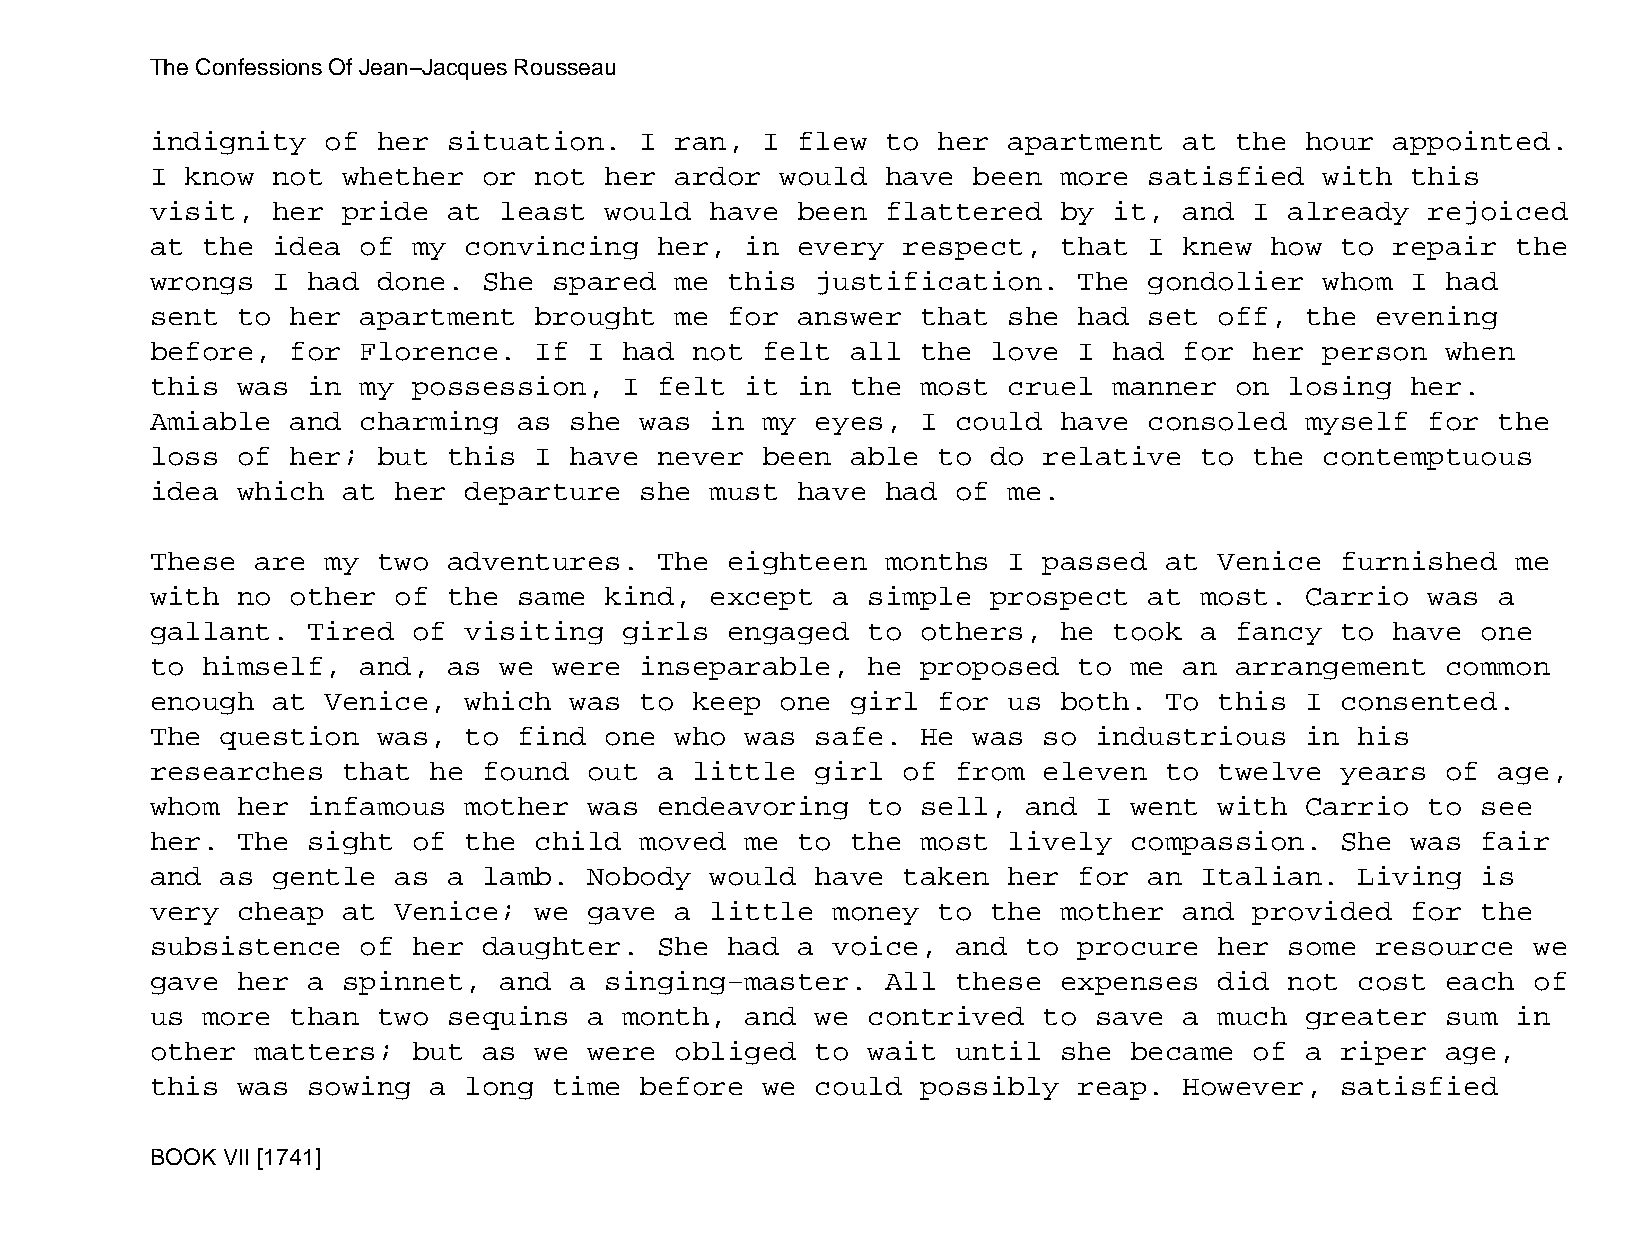
The Confessions Of Jean−Jacques Rousseau
 indignity   of her  situation.  I  ran, I  flew  to her  apartment  at  the hour  appointed.
 I know  not  whether  or not  her  ardor  would  have been  more  satisfied   with this
 visit,  her  pride  at least  would  have  been  flattered  by  it, and  I already   rejoiced
 at the  idea  of my  convincing   her, in  every  respect,  that  I knew  how  to repair  the
 wrongs  I had  done.  She  spared  me this  justification.   The  gondolier   whom I  had
 sent  to her  apartment  brought   me for  answer  that  she had  set  off, the  evening
 before,  for  Florence.  If  I had  not felt  all  the  love I  had for  her  person  when
 this  was in  my possession,   I  felt it  in the  most  cruel  manner  on losing  her.
 Amiable  and  charming  as  she was  in my  eyes,  I could  have  consoled  myself   for the
 loss  of her;  but  this I  have  never been  able  to  do relative  to  the  contemptuous
 idea  which  at her  departure  she  must  have  had of  me.
 These  are  my two  adventures.   The eighteen   months  I passed  at  Venice  furnished  me
 with  no other  of  the same  kind,  except  a simple   prospect  at most.  Carrio   was a
 gallant.  Tired  of  visiting  girls  engaged  to  others,  he  took a  fancy  to have  one
 to himself,   and,  as we  were inseparable,   he  proposed  to  me an  arrangement   common
 enough  at  Venice,  which  was to  keep  one girl  for  us both.  To  this I  consented.
 The  question  was,  to find  one  who was  safe.  He was  so industrious   in  his
 researches   that he  found  out  a little  girl  of from  eleven  to  twelve  years  of age,
 whom  her infamous   mother  was  endeavoring  to  sell,  and I  went  with Carrio   to see
 her.  The sight  of  the child  moved  me  to the  most  lively  compassion.   She was  fair
 and  as gentle  as  a lamb.  Nobody  would  have  taken  her for  an Italian.   Living  is
 very  cheap  at Venice;  we  gave  a little  money  to  the mother  and  provided  for  the
 subsistence   of her  daughter.   She had  a voice,  and  to procure   her some  resource  we
 gave  her a  spinnet,  and  a singing−master.    All these  expenses   did not  cost  each of
 us more  than  two  sequins  a month,  and  we contrived   to save  a  much greater   sum in
 other  matters;  but  as we  were  obliged  to wait  until  she  became  of a  riper  age,
 this  was sowing  a  long  time before  we  could  possibly  reap.  However,   satisfied
 BOOK VII [1741]